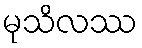
မုသိလဿ